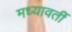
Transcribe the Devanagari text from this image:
मध्यावर्ती